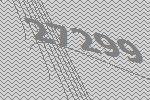
27299